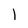
Character: l